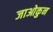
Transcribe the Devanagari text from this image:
जाओकुन